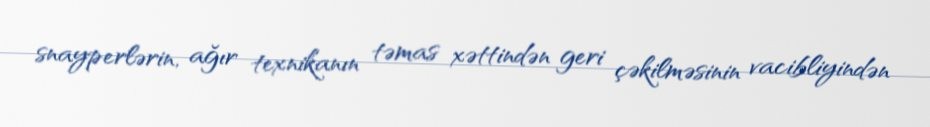
snayperlərin, ağır texnikanın təmas xəttindən geri çəkilməsinin vacibliyindən